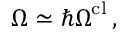
\boldsymbol { \Omega } \simeq \hbar \boldsymbol { \Omega } ^ { \mathrm { c l } } \, ,